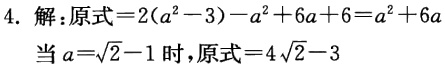
4. 解：原式\(=2(a^{2} - 3)-a^{2}+6a + 6=a^{2}+6a\)

当\(a = \sqrt{2}-1\)时，原式\(=4\sqrt{2}-3\)